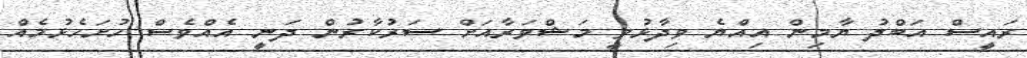
ރައީސް އަބްދު ޔާމިން އިއްޔެ ވިދާޅުވީ މަޝްވަރާއަށް ސަރުކާރުން ދަނީ އެއްވެސް ހުށަހެޅުމެއް